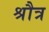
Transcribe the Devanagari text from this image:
श्रौत्र